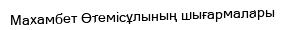
Махамбет Өтемісұлының шығармалары